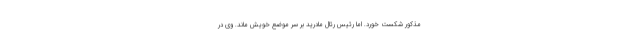
مذکور شکست خورد. اما رئیس رئال مادرید بر سر موضع خویش ماند. وی در